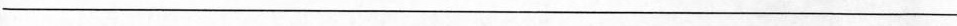
____________________________________